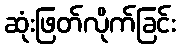
ဆုံးဖြတ်လိုက်ခြင်း